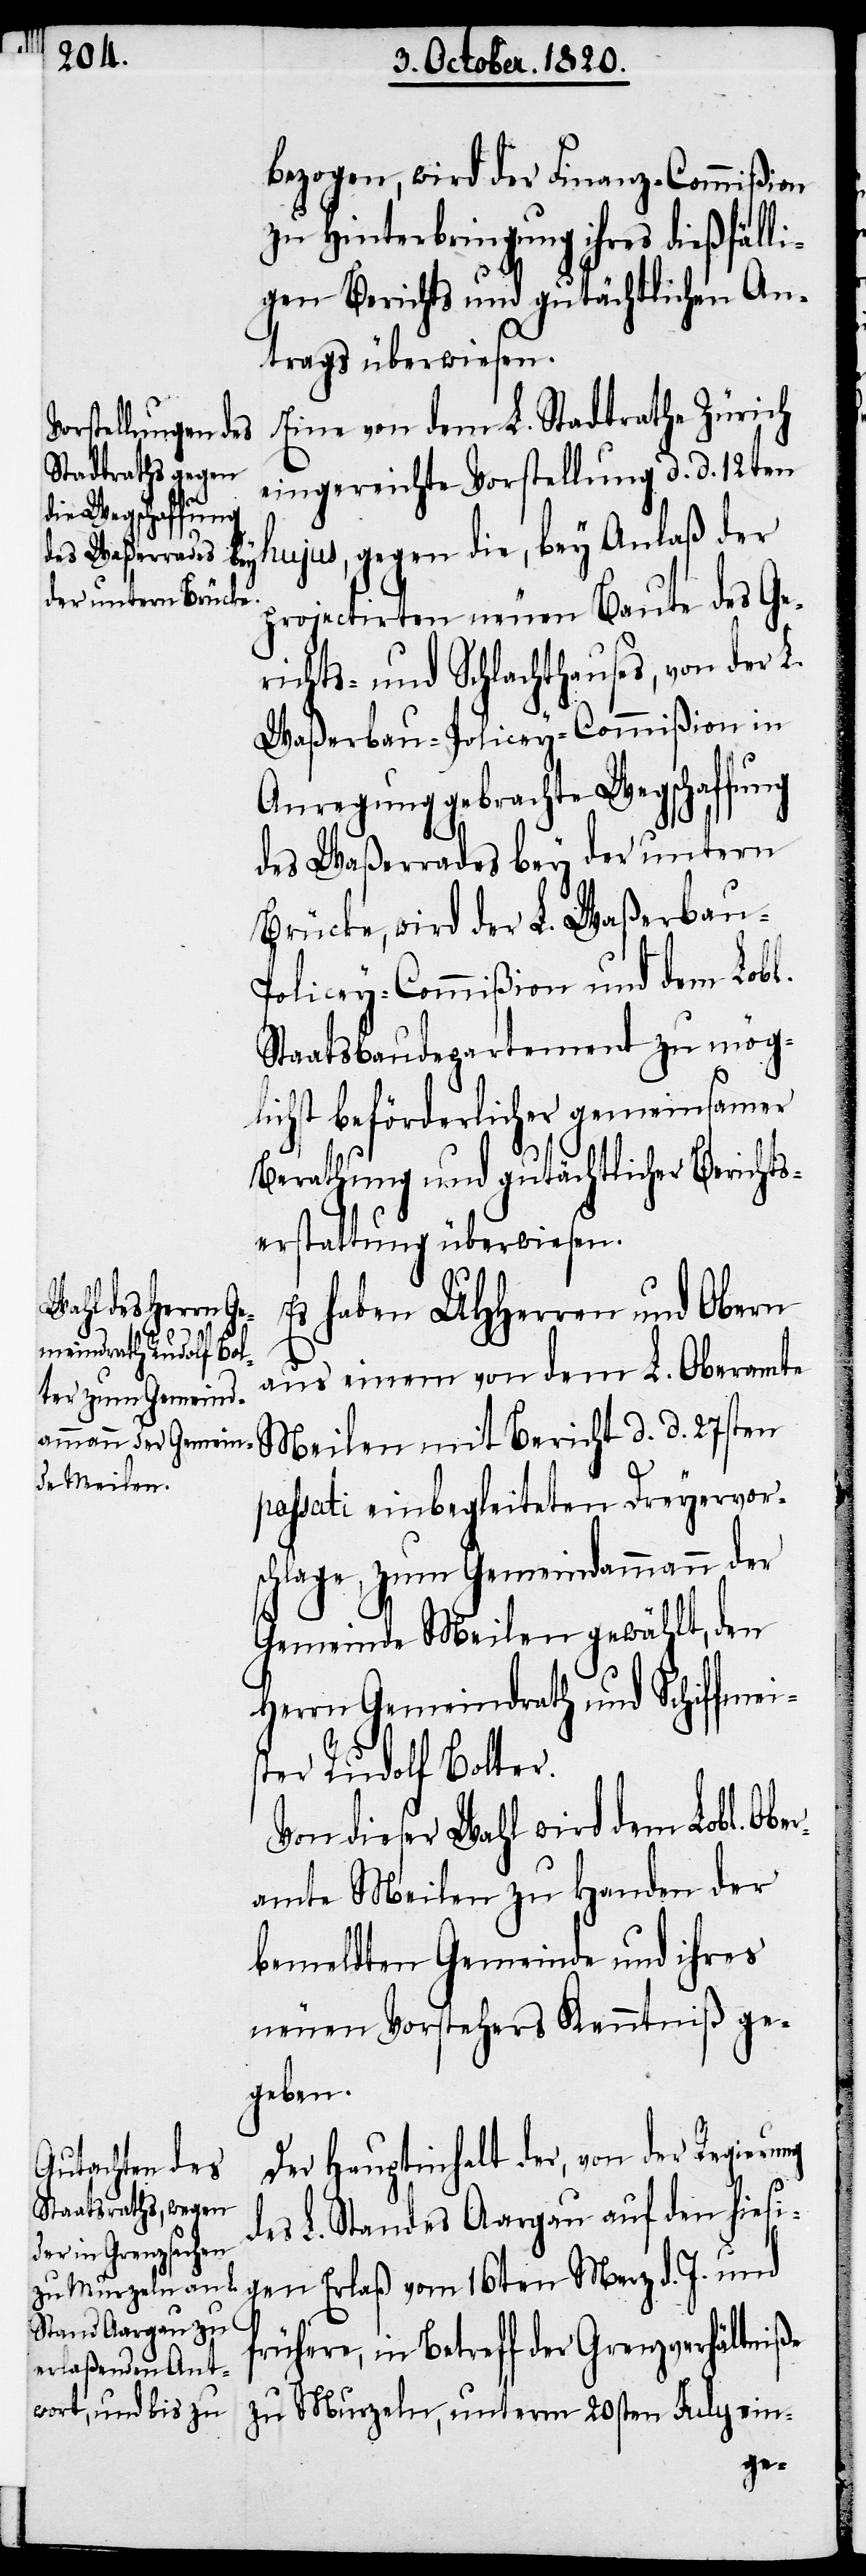
bezogen, wird der Finanz-Commißion
zu Hinterbringung ihres dießfälli¬
gen Berichts und gutächtlichen An¬
trags überwiesen.
Eine von dem L. Stadtrathe Zürich
eingereichte Vorstellung d. d. 12ten
hujus, gegen die, bey Anlaß der
projectirten neuen Baute des Ge¬
richts- und Schlachthauses, von der L.
Waßerbau-Policey-Commißion in
Anregung gebrachte Wegschaffung
des Waßerrades bey der untern
Brücke, wird der L. Waßerbau-P¬
olicey-Commißion und dem Lobl.
Staatsbaudepartement zu mög¬
lichst beförderlicher gemeinsamer
Berathung und gutächtlicher Berichts¬
erstattung überwiesen.
Es haben UHHerren und Obern
aus einem von dem L. Oberamte
Meilen mit Bericht d. d. 27sten
passati einbegleiteten Dreyervors¬
chlage, zum Gemeindammann der
Gemeinde Meilen gewählt, den
Herrn Gemeindrath und Schiffmei¬
ster Rudolf Bolter.
Von dieser Wahl wird dem Lobl. Obe¬
ramte Meilen zu Handen der
bemeldten Gemeinde und ihres
neuen Vorstehers Kenntniß ge¬
geben.
Der Hauptinhalt der, von der Regierung
des L. Standes Aargau auf den hiesi¬
gen Erlaß vom 16ten Merz d. J. und
frühere, in Betreff der Grenzverhältniße
zu Murzeln, unterm 20sten July ein-